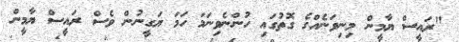
"ރައީސް ޔާމީން މިނިވަނެއްގެ ގޮތުގައި ހުންނެވިނަމަ ހަމަ ޔަގީނުން ވެސް ރައީސް ޔާމީން